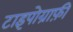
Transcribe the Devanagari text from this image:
टाइपोग्राफ़ी